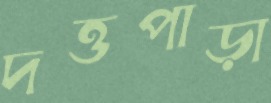
দত্তপাড়া